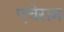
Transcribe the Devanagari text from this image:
एचेरान